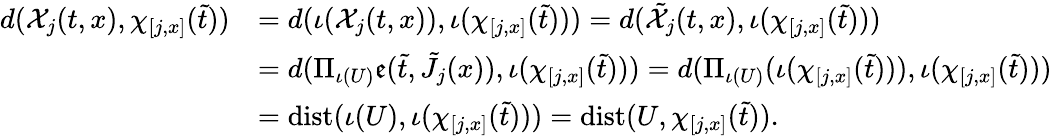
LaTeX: \begin{array}{rl}{d(\mathcal{X}_{j}(t,x),\chi_{[j,x]}(\tilde{t}))}&{=d(\iota(\mathcal{X}_{j}(t,x)),\iota(\chi_{[j,x]}(\tilde{t})))=d(\tilde{\mathcal{X}}_{j}(t,x),\iota(\chi_{[j,x]}(\tilde{t})))}\\ &{=d(\Pi_{\iota(U)}\mathfrak{e}(\tilde{t},\tilde{J}_{j}(x)),\iota(\chi_{[j,x]}(\tilde{t})))=d(\Pi_{\iota(U)}(\iota(\chi_{[j,x]}(\tilde{t}))),\iota(\chi_{[j,x]}(\tilde{t})))}\\ &{=\mathrm{dist}(\iota(U),\iota(\chi_{[j,x]}(\tilde{t})))=\mathrm{dist}(U,\chi_{[j,x]}(\tilde{t})).}\end{array}